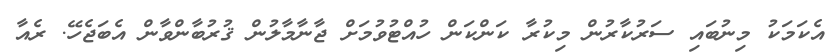
އެކަމަކު މިނުބައި ސަރުކާރުން މިކުރާ ކަންކަން ހުއްޓުވުމަށް ޖާނާމާލުން ޤުރުބާންވާން އެބަޖެހޭ. ރެއާ